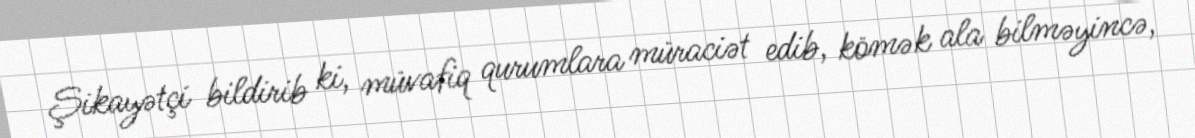
Şikayətçi bildirib ki, müvafiq qurumlara müraciət edib, kömək ala bilməyincə,